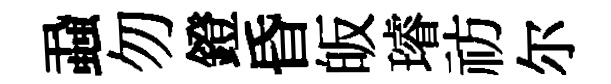
蝨勿鐙昏皈璿祊尔